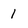
Character: 1